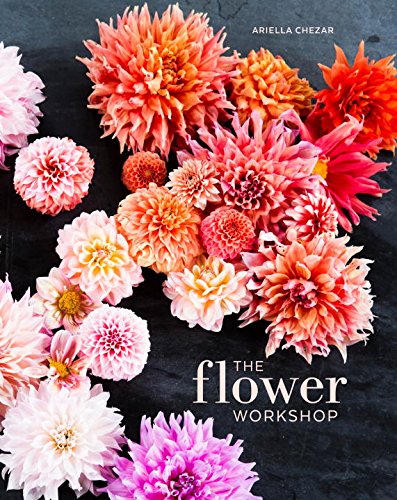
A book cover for The Flower Workshop: Lessons in Arranging Blooms, Branches, Fruits, and Foraged Materials; Ariella Chezar; Crafts, Hobbies & Home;